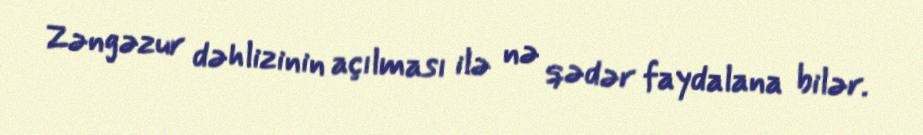
Zəngəzur dəhlizinin açılması ilə nə qədər faydalana bilər.